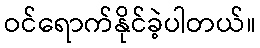
ဝင်ရောက်နိုင်ခဲ့ပါတယ်။